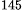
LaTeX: ^\textrm{\scriptsize 145}